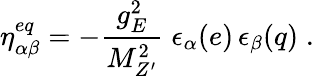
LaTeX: \eta_{\alpha\beta}^{eq}=-\frac{g_{E}^{2}}{M_{Z^{\prime}}^{2}}\; \epsilon_{\alpha}(e)\, \epsilon_{\beta}(q)\; .